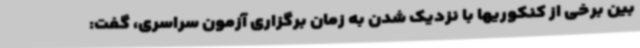
بین برخی از کنکوریها با نزدیک شدن به زمان برگزاری آزمون سراسری، گفت: